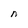
Character: n